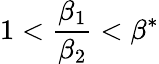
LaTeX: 1<\frac{\beta_{1}}{\beta_{2}}<\beta^{*}